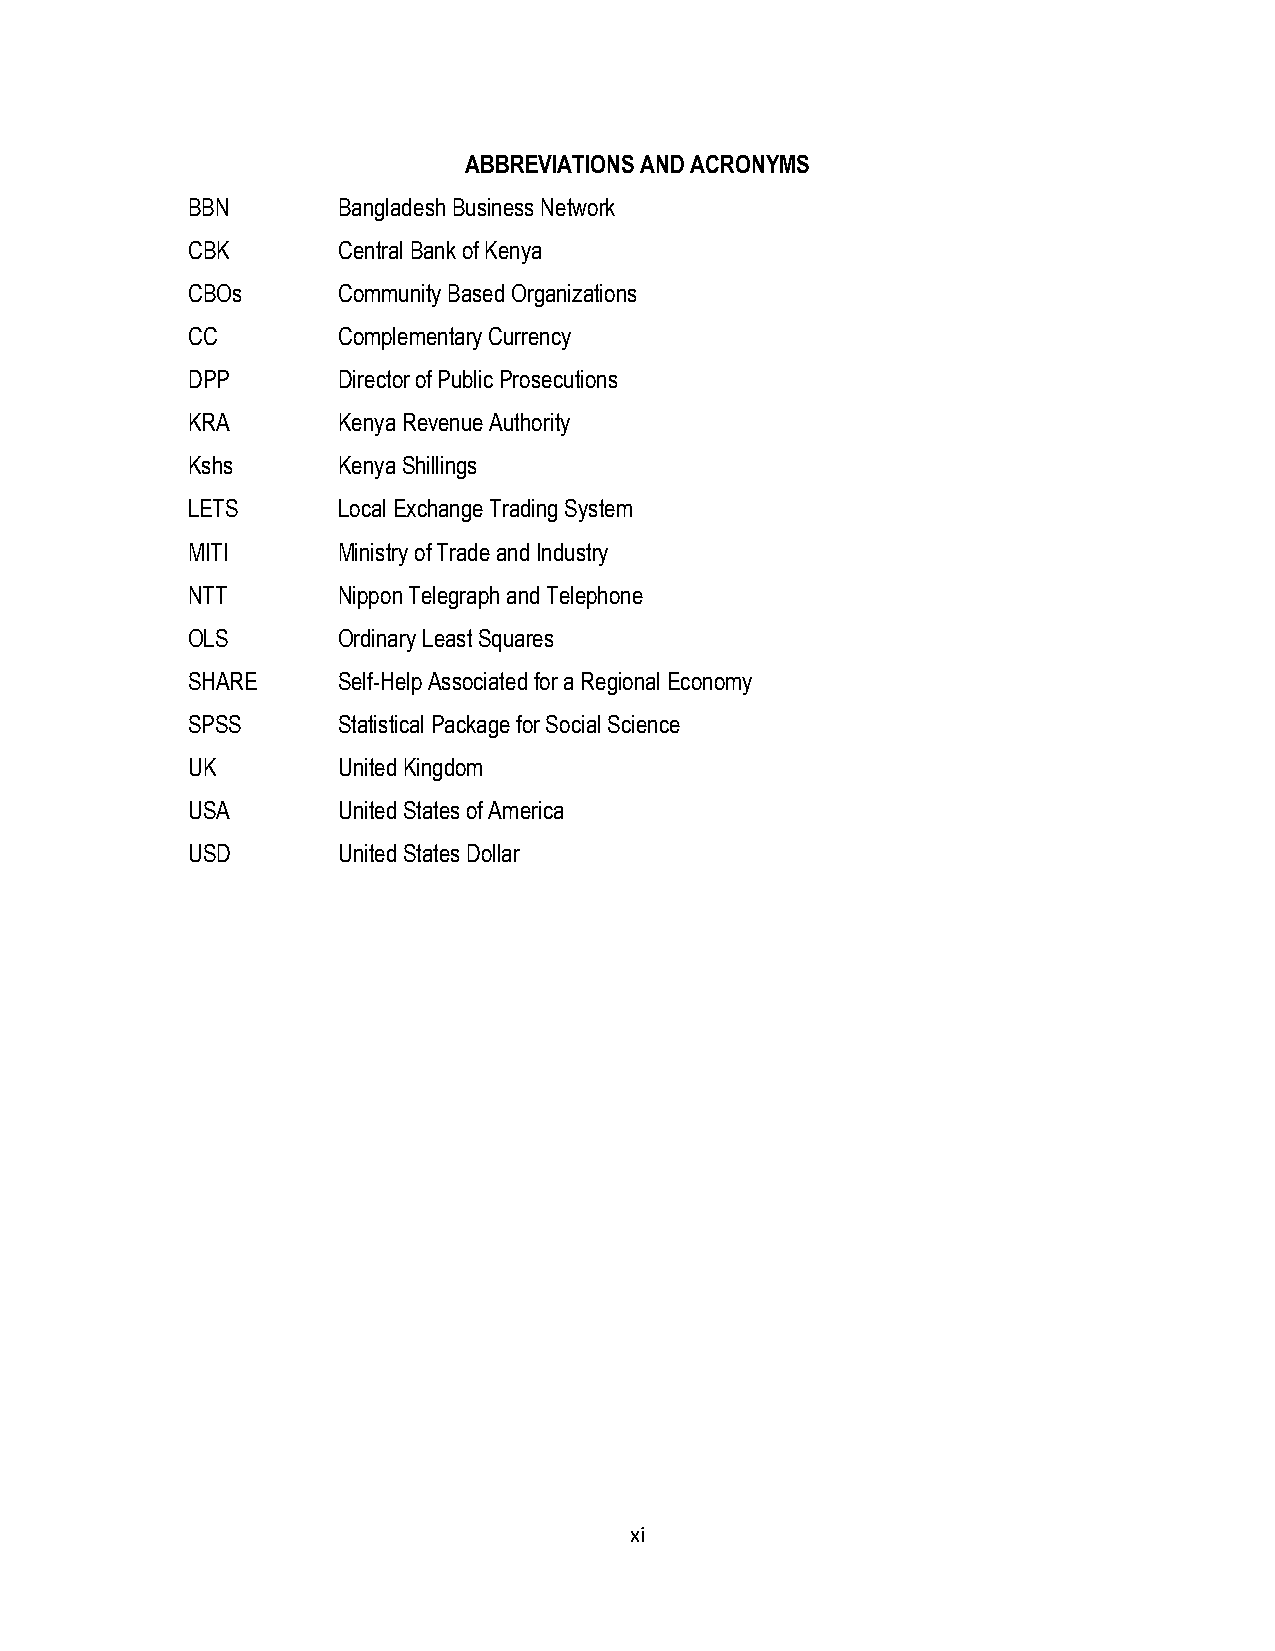
ABBREVIATIONS AND ACRONYMS
 BBN       Bangladesh Business Network
 CBK       Central Bank of Kenya
 CBOs      Community Based Organizations
 CC        Complementary Currency
 DPP       Director of Public Prosecutions
 KRA       Kenya Revenue Authority
 Kshs      Kenya Shillings
 LETS      Local Exchange Trading System
 MITI      Ministry of Trade and Industry
 NTT       Nippon Telegraph and Telephone
 OLS       Ordinary Least Squares
 SHARE     Self-Help Associated for a Regional Economy
 SPSS      Statistical Package for Social Science
 UK        United Kingdom
 USA       United States of America
 USD       United States Dollar
 xi